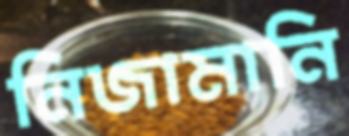
নিজামানি